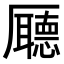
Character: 𠫇